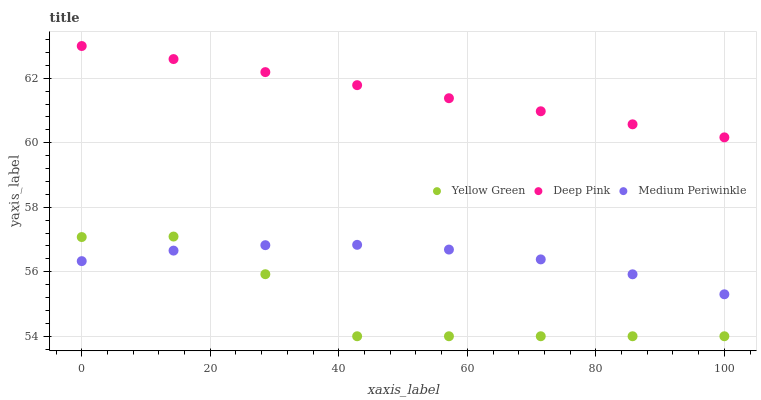
| xaxis_label | Yellow Green | Deep Pink | Medium Periwinkle |
 | --- | --- | --- | --- |
 | 0 | 57.1 | 63 | 56.3 |
 | 14.3 | 57.1 | 62.6 | 56.7 |
 | 28.6 | 55.9 | 62.2 | 56.8 |
 | 42.9 | 54 | 61.8 | 56.8 |
 | 57.1 | 54 | 61.4 | 56.7 |
 | 71.4 | 54 | 61 | 56.4 |
 | 85.7 | 54 | 60.6 | 55.9 |
 | 100 | 54 | 60.2 | 55.3 |